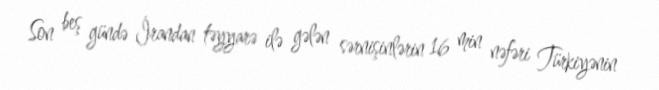
Son beş gündə İrandan təyyarə ilə gələn sərnişinlərin 16 min nəfəri Türkiyənin